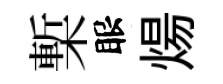
槧眼煬